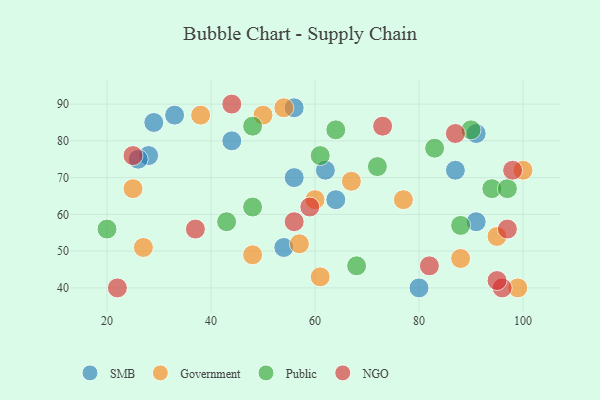
{"axis": {"x": "GDP", "y": "Life Expectancy"}, "legend": ["Government", "NGO", "Public", "SMB"], "data": [{"x": "56", "y": 89, "type": "SMB"}, {"x": "64", "y": 64, "type": "SMB"}, {"x": "56", "y": 70, "type": "SMB"}, {"x": "91", "y": 58, "type": "SMB"}, {"x": "44", "y": 80, "type": "SMB"}, {"x": "80", "y": 40, "type": "SMB"}, {"x": "29", "y": 85, "type": "SMB"}, {"x": "28", "y": 76, "type": "SMB"}, {"x": "87", "y": 72, "type": "SMB"}, {"x": "33", "y": 87, "type": "SMB"}, {"x": "62", "y": 72, "type": "SMB"}, {"x": "54", "y": 51, "type": "SMB"}, {"x": "91", "y": 82, "type": "SMB"}, {"x": "26", "y": 75, "type": "SMB"}, {"x": "67", "y": 69, "type": "Government"}, {"x": "88", "y": 48, "type": "Government"}, {"x": "95", "y": 54, "type": "Government"}, {"x": "25", "y": 67, "type": "Government"}, {"x": "48", "y": 49, "type": "Government"}, {"x": "38", "y": 87, "type": "Government"}, {"x": "27", "y": 51, "type": "Government"}, {"x": "54", "y": 89, "type": "Government"}, {"x": "60", "y": 64, "type": "Government"}, {"x": "50", "y": 87, "type": "Government"}, {"x": "57", "y": 52, "type": "Government"}, {"x": "99", "y": 40, "type": "Government"}, {"x": "100", "y": 72, "type": "Government"}, {"x": "77", "y": 64, "type": "Government"}, {"x": "61", "y": 43, "type": "Government"}, {"x": "20", "y": 56, "type": "Public"}, {"x": "64", "y": 83, "type": "Public"}, {"x": "68", "y": 46, "type": "Public"}, {"x": "90", "y": 83, "type": "Public"}, {"x": "61", "y": 76, "type": "Public"}, {"x": "72", "y": 73, "type": "Public"}, {"x": "94", "y": 67, "type": "Public"}, {"x": "43", "y": 58, "type": "Public"}, {"x": "48", "y": 62, "type": "Public"}, {"x": "83", "y": 78, "type": "Public"}, {"x": "48", "y": 84, "type": "Public"}, {"x": "97", "y": 67, "type": "Public"}, {"x": "88", "y": 57, "type": "Public"}, {"x": "59", "y": 62, "type": "NGO"}, {"x": "25", "y": 76, "type": "NGO"}, {"x": "37", "y": 56, "type": "NGO"}, {"x": "73", "y": 84, "type": "NGO"}, {"x": "82", "y": 46, "type": "NGO"}, {"x": "22", "y": 40, "type": "NGO"}, {"x": "56", "y": 58, "type": "NGO"}, {"x": "96", "y": 40, "type": "NGO"}, {"x": "97", "y": 56, "type": "NGO"}, {"x": "87", "y": 82, "type": "NGO"}, {"x": "98", "y": 72, "type": "NGO"}, {"x": "95", "y": 42, "type": "NGO"}, {"x": "44", "y": 90, "type": "NGO"}]}